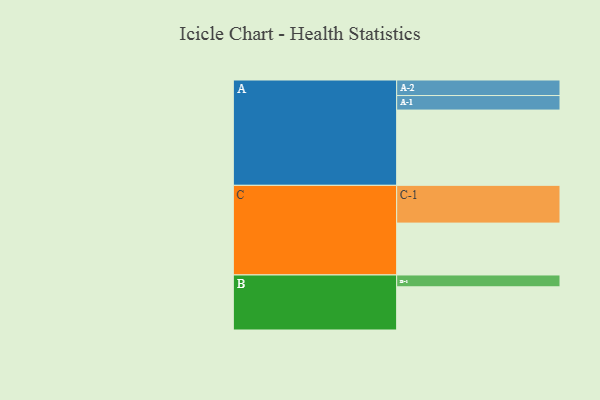
{"axis": {"x": "Segment", "y": "Value"}, "legend": ["", "A", "B", "C"], "data": [{"x": "A", "y": 528, "type": ""}, {"x": "B", "y": 303, "type": ""}, {"x": "C", "y": 364, "type": ""}, {"x": "A-1", "y": 102, "type": "A"}, {"x": "A-2", "y": 109, "type": "A"}, {"x": "B-1", "y": 83, "type": "B"}, {"x": "C-1", "y": 265, "type": "C"}]}